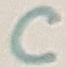
Text: C